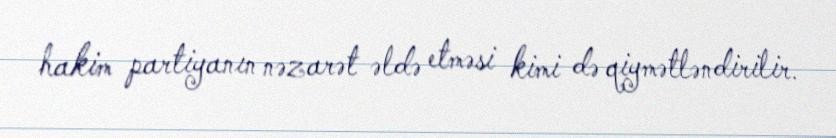
hakim partiyanın nəzarət əldə etməsi kimi də qiymətləndirilir.